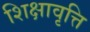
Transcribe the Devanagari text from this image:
शिक्षावृत्ति